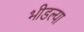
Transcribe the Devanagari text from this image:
भीडल्या